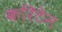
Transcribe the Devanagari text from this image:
करिटेन